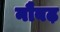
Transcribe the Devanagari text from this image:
नौबढ़